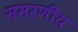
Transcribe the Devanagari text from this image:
समरणीय